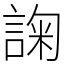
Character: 諊